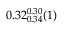
0 . 3 2 _ { 0 . 3 4 } ^ { 0 . 3 0 } ( 1 )